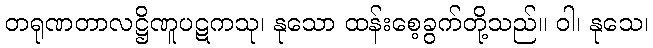
တရုဏတာလဋ္ဌိဏူပဋကသု၊ နုသော ထန်းစေ့ခွက်တို့သည်။ ဝါ၊ နုသေ၊